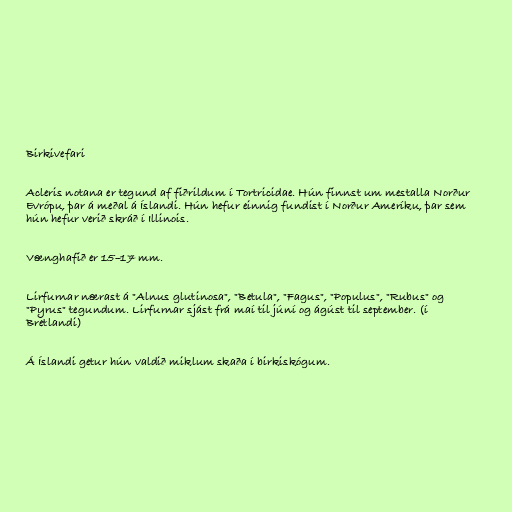
Birkivefari

Acleris notana er tegund af fiðrildum í Tortricidae. Hún finnst um mestalla Norður
Evrópu, þar á meðal á Íslandi. Hún hefur einnig fundist í Norður Ameríku, þar sem
hún hefur verið skráð í Illinois.

Vænghafið er 15–17 mm.

Lirfurnar nærast á "Alnus glutinosa", "Betula", "Fagus", "Populus", "Rubus" og
"Pyrus" tegundum. Lirfurnar sjást frá maí til júní og ágúst til september. (í
Bretlandi)

Á Íslandi getur hún valdið miklum skaða í birkiskógum.